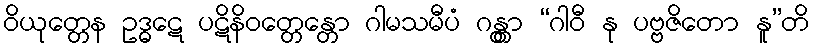
ဝိယုတ္တေန ဥဒ္ဓဋေ ပဋိနိဝတ္တေန္တော ဂါမသမီပံ ဂန္တွာ “ဂါဝီ နု ပဗ္ဗဇိတော နူ”တိ